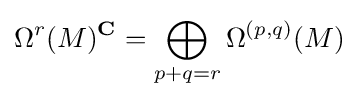
\Omega ^{r}(M)^{\mathbf {C} }=\bigoplus _{p+q=r}\Omega ^{(p,q)}(M)